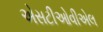
એસટીઓવીએલ